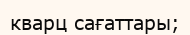
кварц сағаттары;